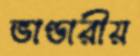
ভাণ্ডারীয়